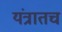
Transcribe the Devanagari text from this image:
यंत्रातच